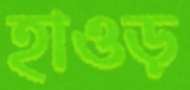
হাওড়